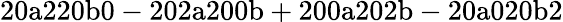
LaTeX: \mathrm{20a220b0-202a200b+200a202b-20a020b2}